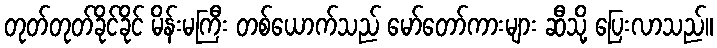
တုတ်တုတ်ခိုင်ခိုင် မိန်းမကြီး တစ်ယောက်သည် မော်တော်ကားများ ဆီသို့ ပြေးလာသည်။